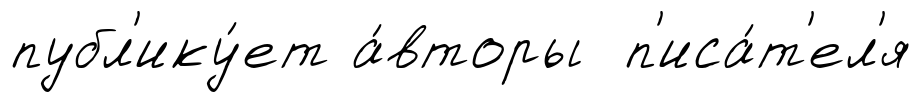
публ'ику́ет а́вторы п'иса́т'ел'я